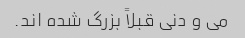
می و دنی قبلاً بزرگ شده اند.